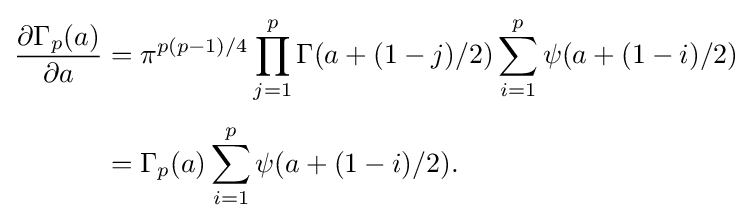
{\begin{aligned}{\frac {\partial \Gamma _{p}(a)}{\partial a}}&=\pi ^{p(p-1)/4}\prod _{j=1}^{p}\Gamma (a+(1-j)/2)\sum _{i=1}^{p}\psi (a+(1-i)/2)\\[4pt]&=\Gamma _{p}(a)\sum _{i=1}^{p}\psi (a+(1-i)/2).\end{aligned}}